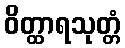
ဝိတ္ထာရသုတ္တံ